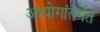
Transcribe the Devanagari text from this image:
आयोगांतर्गत